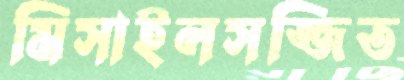
মিসাইলসজ্জিত